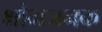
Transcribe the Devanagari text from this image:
क्षोभजनक